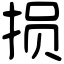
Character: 损